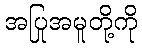
အပြုအမူတို့ကို